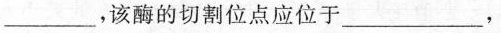
___，该酶的切割位点应位于___，